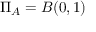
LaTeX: \Pi _ { A } = B ( 0 , 1 )